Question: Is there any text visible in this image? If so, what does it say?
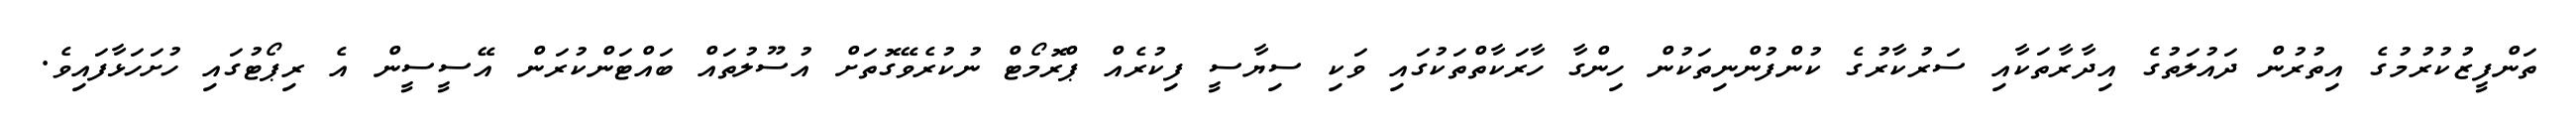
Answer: ތަންފީޒުކުރުމުގެ އިތުރުން ދައުލަތުގެ އިދާރާތަކާއި ސަރުކާރުގެ ކުންފުންނިތަކުން ހިންގާ ހާރަކާތްތަކުގައި ވަކި ސިޔާސީ ފިކުރެއް ޕްރޮމޯޓް ނުކުރެވޭގޮތަށް އުސޫލުތައް ބައްޓަންކުރަން އޭސީސީން އެ ރިޕޯޓުގައި ހުށަހަޅާފައިވެ.